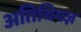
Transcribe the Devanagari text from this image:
अतिथियज्ञ